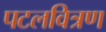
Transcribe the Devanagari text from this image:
पटलवित्रण